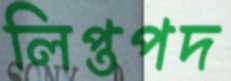
লিপ্তপদ